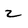
Character: 2